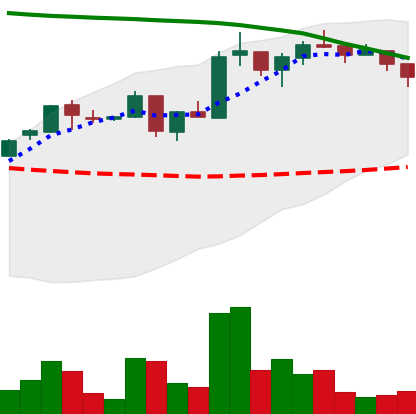
Ticker: ADA-USD
Chart end date: 2018-05-07
Forward return: -19.167%
Label: down_7plus